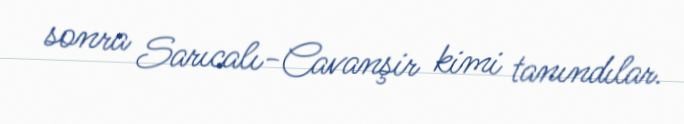
sonra Sarıcalı-Cavanşir kimi tanındılar.